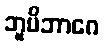
ဘူမိဘာဂေ